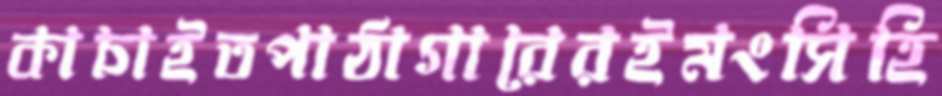
কাচাইতপাঠাগারেরইমংসিহি